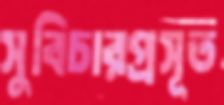
সুবিচারপ্রসূত